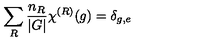
\sum _ { R } { \frac { n _ { R } } { | G | } } \chi ^ { ( R ) } ( g ) = \delta _ { g , e }